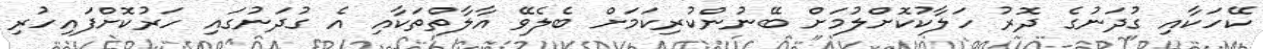
ކޭހަކާއި ގުދަނުގެ ދޮރު ހަލާކުކޮށްލުމަށް ބޭނުންކުރިކަމަށް ބެލެވޭ އާލާތްތަކާއި އެ ގުދަނުގައި ހަރުކޮށްފައިހުރި